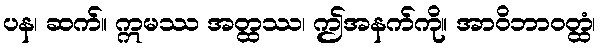
ပန၊ ဆက်။ ဣမဿ အတ္ထဿ၊ ဤအနက်ကို။ အာဝိဘာဝတ္ထံ၊